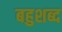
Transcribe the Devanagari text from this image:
बहुशब्द